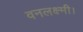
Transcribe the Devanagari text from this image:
वनलक्ष्मी।